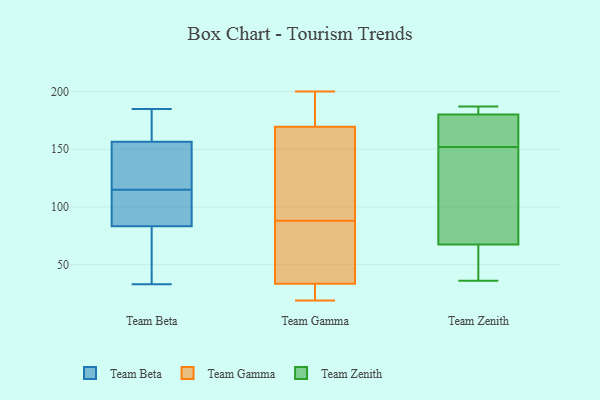
{"axis": {"x": "Revenue (USD Million)", "y": "Value"}, "legend": ["Team Beta", "Team Gamma", "Team Zenith"], "data": [{"x": "", "y": 124, "type": "Team Beta"}, {"x": "", "y": 55, "type": "Team Beta"}, {"x": "", "y": 76, "type": "Team Beta"}, {"x": "", "y": 41, "type": "Team Beta"}, {"x": "", "y": 185, "type": "Team Beta"}, {"x": "", "y": 179, "type": "Team Beta"}, {"x": "", "y": 58, "type": "Team Beta"}, {"x": "", "y": 111, "type": "Team Beta"}, {"x": "", "y": 33, "type": "Team Beta"}, {"x": "", "y": 105, "type": "Team Beta"}, {"x": "", "y": 111, "type": "Team Beta"}, {"x": "", "y": 157, "type": "Team Beta"}, {"x": "", "y": 115, "type": "Team Beta"}, {"x": "", "y": 157, "type": "Team Beta"}, {"x": "", "y": 106, "type": "Team Beta"}, {"x": "", "y": 155, "type": "Team Beta"}, {"x": "", "y": 181, "type": "Team Beta"}, {"x": "", "y": 129, "type": "Team Beta"}, {"x": "", "y": 120, "type": "Team Beta"}, {"x": "", "y": 22, "type": "Team Gamma"}, {"x": "", "y": 97, "type": "Team Gamma"}, {"x": "", "y": 122, "type": "Team Gamma"}, {"x": "", "y": 71, "type": "Team Gamma"}, {"x": "", "y": 19, "type": "Team Gamma"}, {"x": "", "y": 88, "type": "Team Gamma"}, {"x": "", "y": 200, "type": "Team Gamma"}, {"x": "", "y": 35, "type": "Team Gamma"}, {"x": "", "y": 33, "type": "Team Gamma"}, {"x": "", "y": 184, "type": "Team Gamma"}, {"x": "", "y": 174, "type": "Team Gamma"}, {"x": "", "y": 199, "type": "Team Gamma"}, {"x": "", "y": 30, "type": "Team Gamma"}, {"x": "", "y": 36, "type": "Team Gamma"}, {"x": "", "y": 156, "type": "Team Gamma"}, {"x": "", "y": 37, "type": "Team Zenith"}, {"x": "", "y": 185, "type": "Team Zenith"}, {"x": "", "y": 158, "type": "Team Zenith"}, {"x": "", "y": 93, "type": "Team Zenith"}, {"x": "", "y": 152, "type": "Team Zenith"}, {"x": "", "y": 57, "type": "Team Zenith"}, {"x": "", "y": 116, "type": "Team Zenith"}, {"x": "", "y": 187, "type": "Team Zenith"}, {"x": "", "y": 148, "type": "Team Zenith"}, {"x": "", "y": 36, "type": "Team Zenith"}, {"x": "", "y": 182, "type": "Team Zenith"}, {"x": "", "y": 175, "type": "Team Zenith"}, {"x": "", "y": 161, "type": "Team Zenith"}, {"x": "", "y": 59, "type": "Team Zenith"}, {"x": "", "y": 185, "type": "Team Zenith"}]}